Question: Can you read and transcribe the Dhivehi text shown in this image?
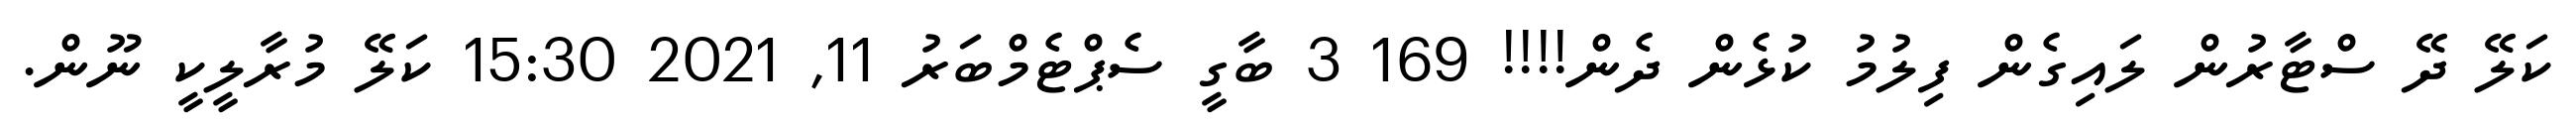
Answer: ކަލޭ ދޭ ސްޓާރުން ލައިގެން ފިލުމު ކުޅެން ދެން!!!! 169 3 ބާގީ ސެޕްޓެމްބަރު 11, 2021 15:30 ކަލޭ މުރާލީކީ ނޫން.